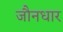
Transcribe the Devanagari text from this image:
जौनधार